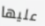
عليها